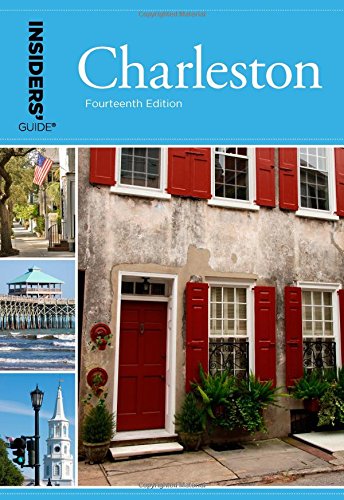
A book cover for Insiders' GuideÂ® to Charleston: Including Mt. Pleasant, Summerville, Kiawah, and Other Islands (Insiders' Guide Series); Lee Davis Perry; Travel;